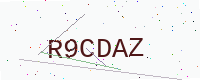
Text: R9CDAZ